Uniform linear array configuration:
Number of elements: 16
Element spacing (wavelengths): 0.75
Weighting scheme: blackman
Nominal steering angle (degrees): -30
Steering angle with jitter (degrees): -31.669
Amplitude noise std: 0.05
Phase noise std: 0.05

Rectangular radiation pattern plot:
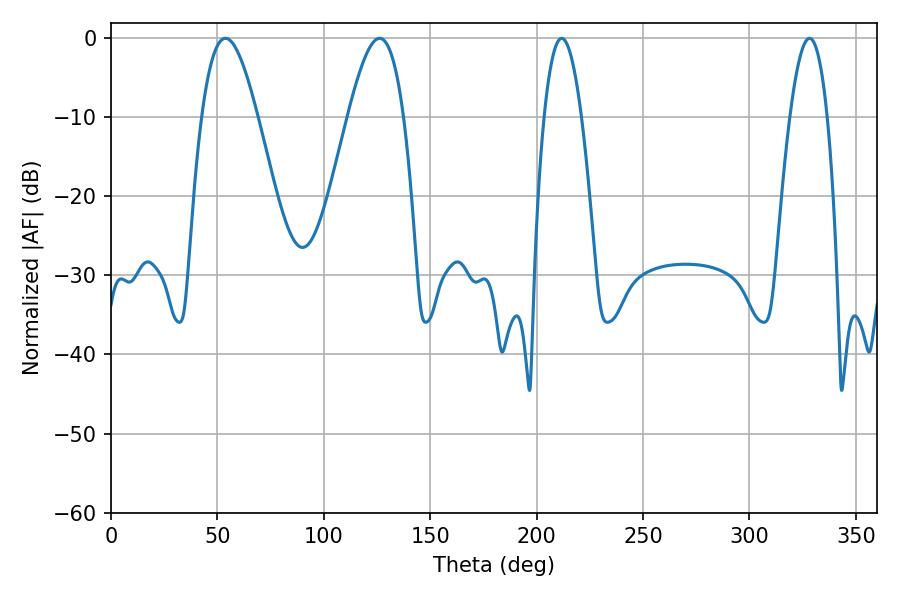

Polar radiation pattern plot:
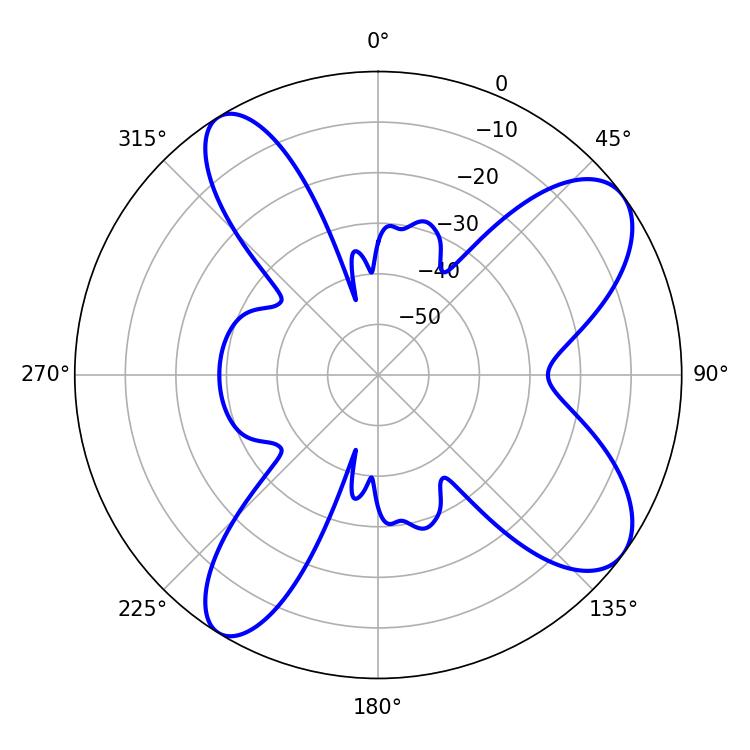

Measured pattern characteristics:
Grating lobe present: TRUE
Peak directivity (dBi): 9.076
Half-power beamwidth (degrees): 14.04
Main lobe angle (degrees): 53.82